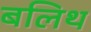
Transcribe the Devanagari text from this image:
बलिथ